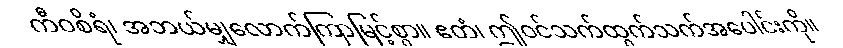
ကီဝစိရံ၊ အဘယ်မျှလောက်ကြာမြင့်စွာ။ ဧတံ၊ ဤဝင်သက်ထွက်သက်အပေါင်းကို။